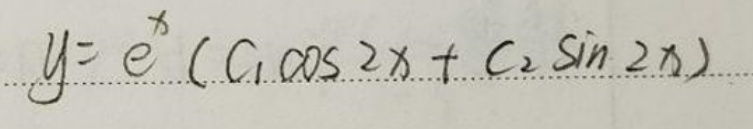
$y = e ^ { x } ( C _ { 1 } \cos 2 x + C _ { 2 } \sin 2 x )$